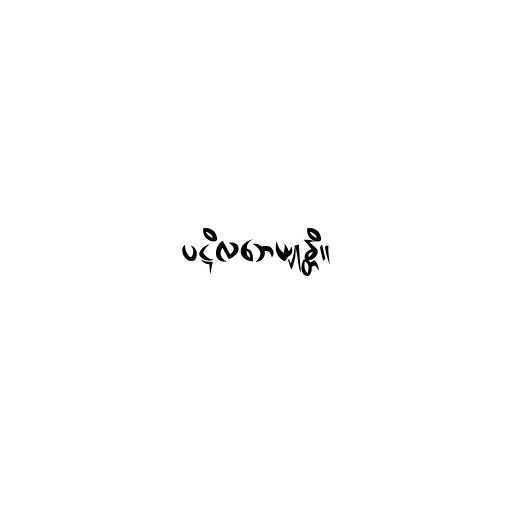
ပဋိလဘေယျုန္တိ။